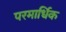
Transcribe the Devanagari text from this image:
परमार्धिक